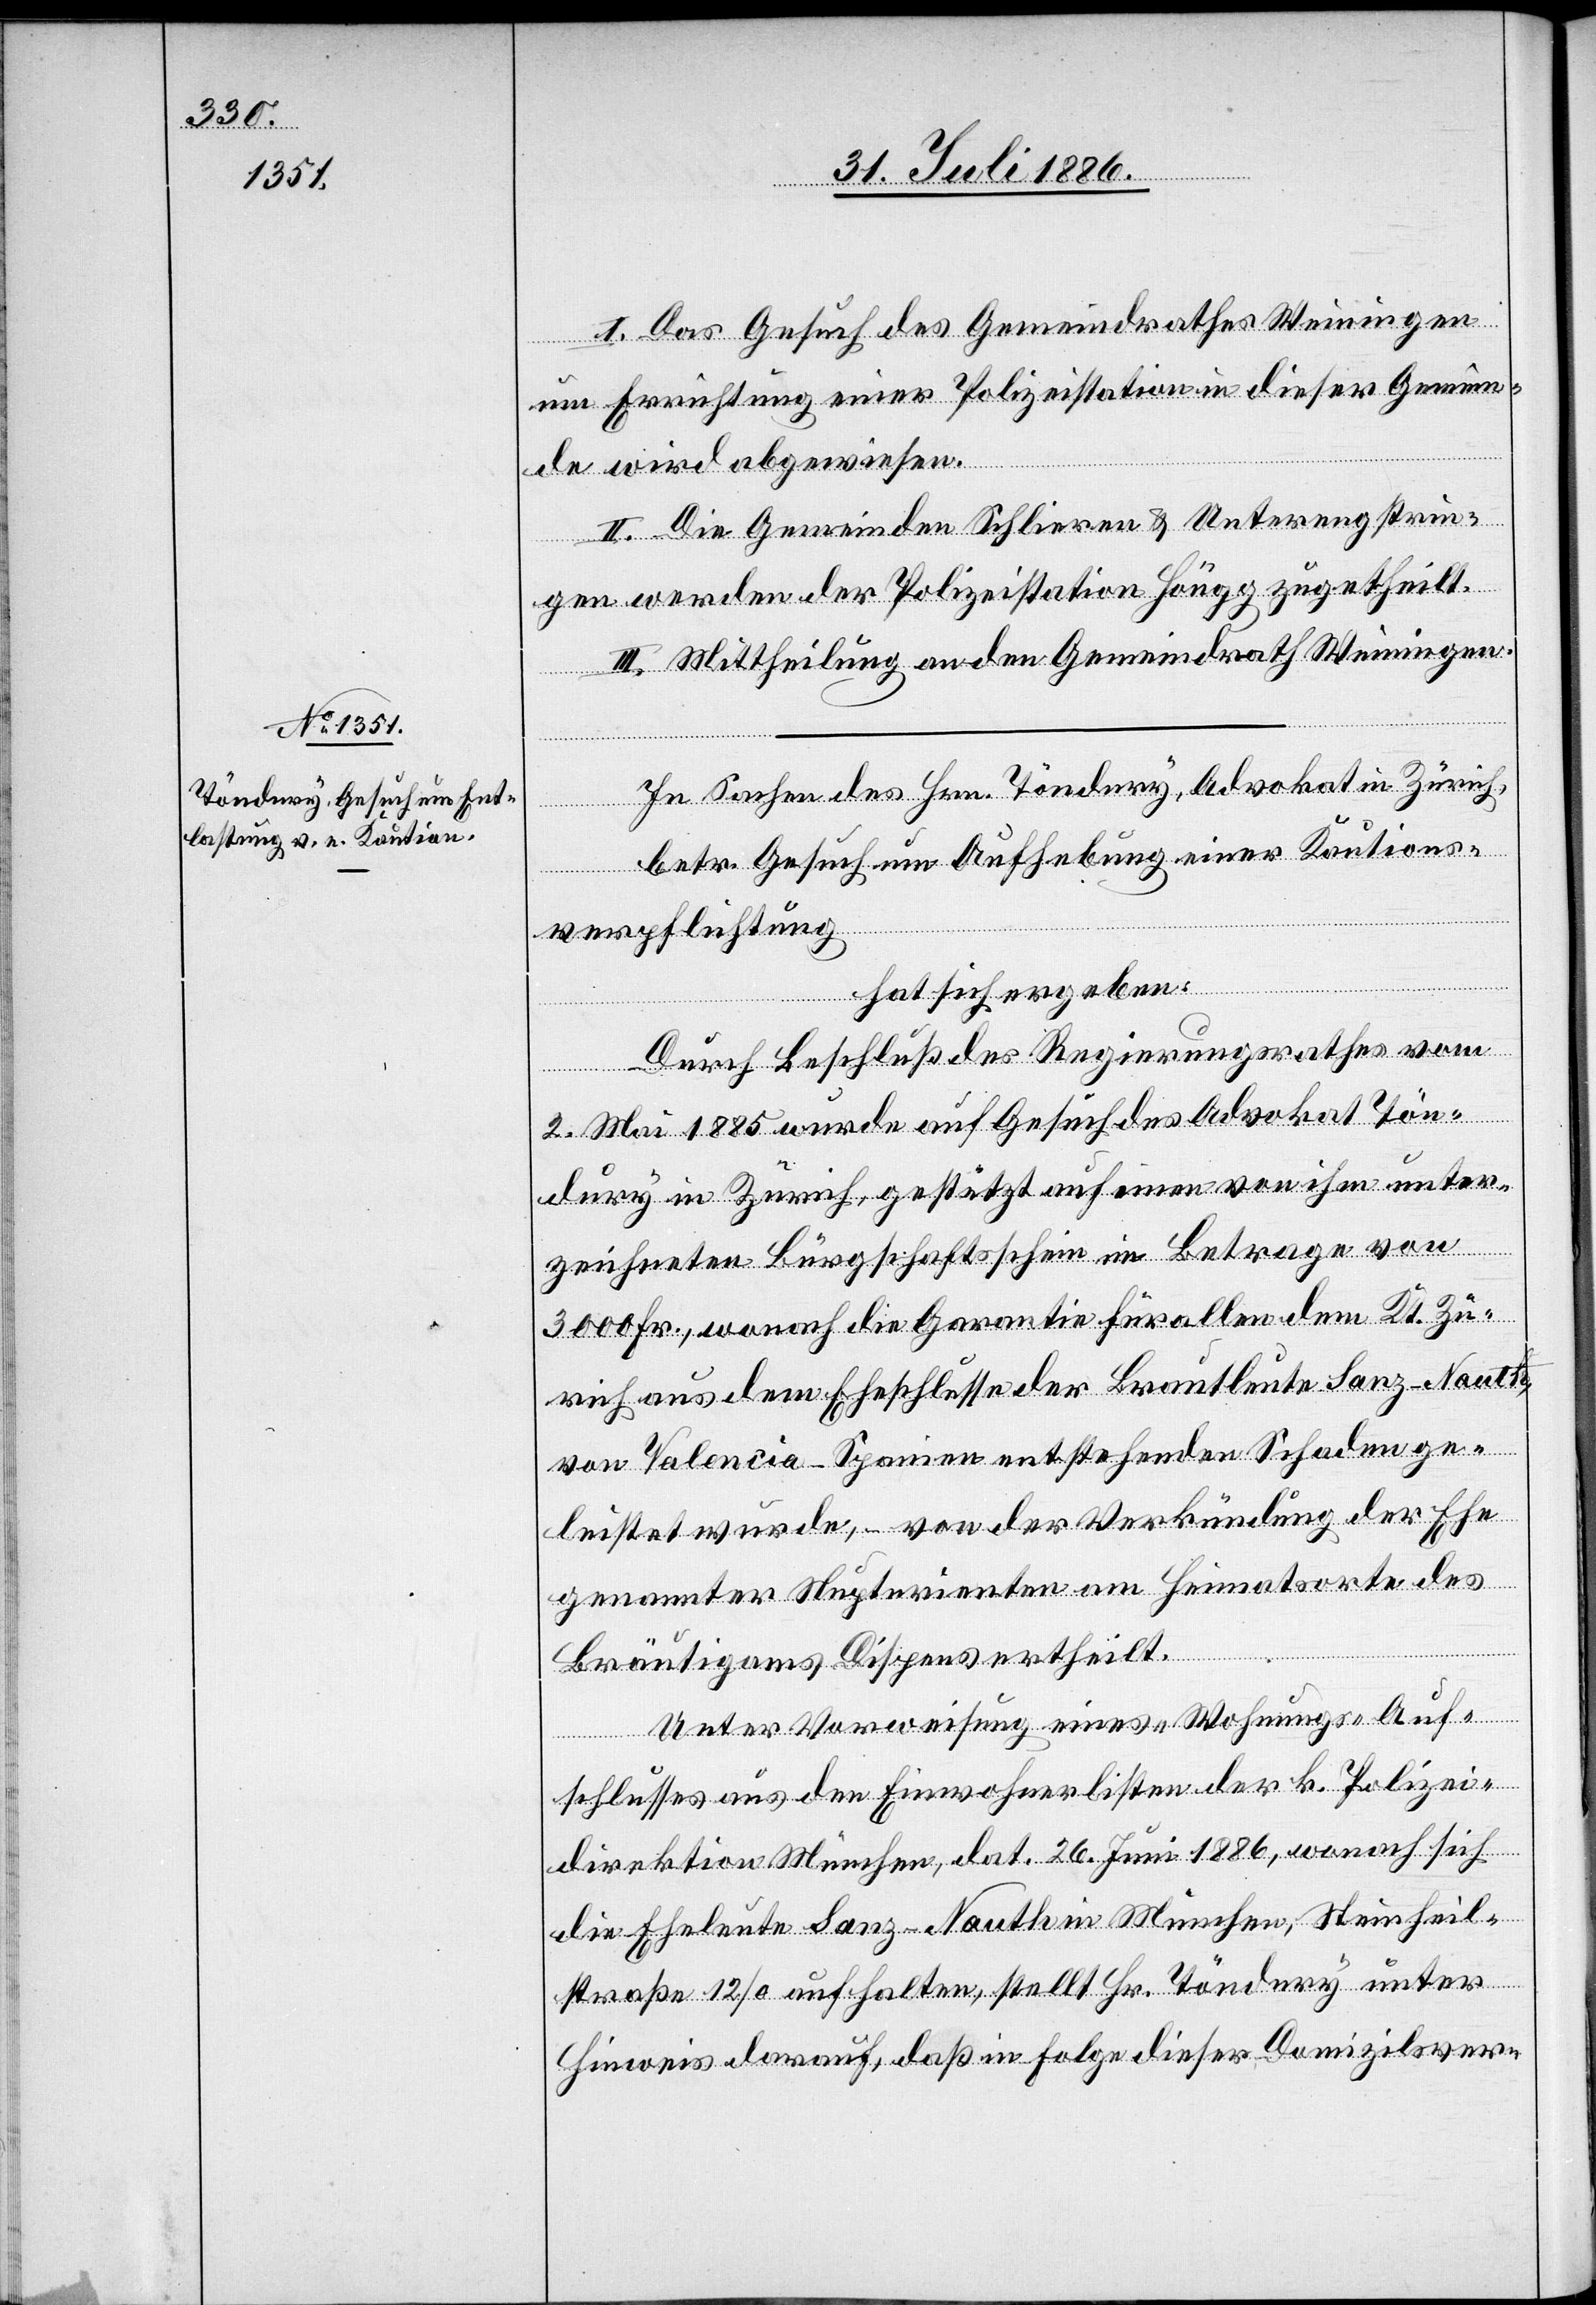
I. Das Gesuch des Gemeindrathes Weiningen
um Errichtung einer Polizeistation in dieser Gemein¬
de wird abgewiesen.
II. Die Gemeinden Schlieren & Unterengstrin¬
gen werden der Polizeistation Höngg zugetheilt.
III. Mittheilung an den Gemeindrath Weiningen.
In Sachen des Hrn. Töndury, Advokat in Zürich,
betr. Gesuch um Aufhebung einer Kautions¬
verpflichtung
hat sich ergeben:
Durch Beschluß des Regierungsrathes vom
2. Mai 1885 wurde auf Gesuch des Advokat Tön¬
dury in Zürich, gestützt auf einen von ihm unter¬
zeichneten Bürgschaftsschein im Betrage von
3000 Fr., wonach die Garantie für allen dem Kt. Zü¬
rich aus dem Eheschlusse der Brautleute Sanz-Nauth,
von Valentia - Spanien entstehenden Schaden ge¬
leistet wurde, – von der Verkündung der Ehe
genannter Nupturienten am Heimatorte des
Bräutigams Dispens ertheilt.
Unter Vorweisung eines „Wohnungs-Auf¬
schlusses“ aus den Einwohnerlisten der k. Polizei¬
direktion München, dat. 25. Juni 1886, wonach sich
die Eheleute Sanz-Nauth in München, Steinheil¬
straße 12/a aufhalten, stellt Hr. Töndury unter
Hinweis darauf, daß in Folge dieser Domizilsver-